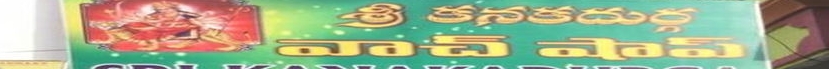
Language: telugu
Transcription: శ్రీ కనకదుర్గ వాచ్ షాప్